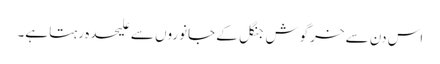
اس دن سے خرگوش جنگل کے جانوروں سے علیحدہ رہتا ہے۔